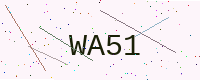
Text: WA51